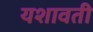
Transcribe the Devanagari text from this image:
यशावती